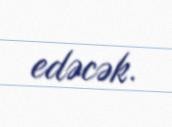
edəcək.